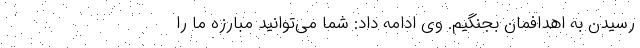
رسیدن به اهدافمان بجنگیم. وی ادامه داد: شما می‌توانید مبارزه ما را